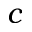
c